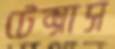
টেক্সাস